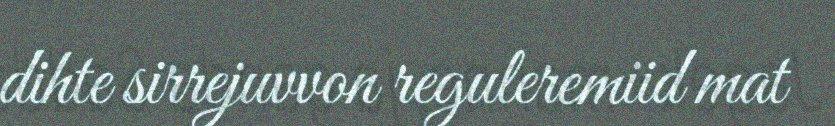
dihte sirrejuvvon reguleremiid mat